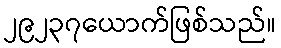
၂၉၂၃၇ယောက်ဖြစ်သည်။